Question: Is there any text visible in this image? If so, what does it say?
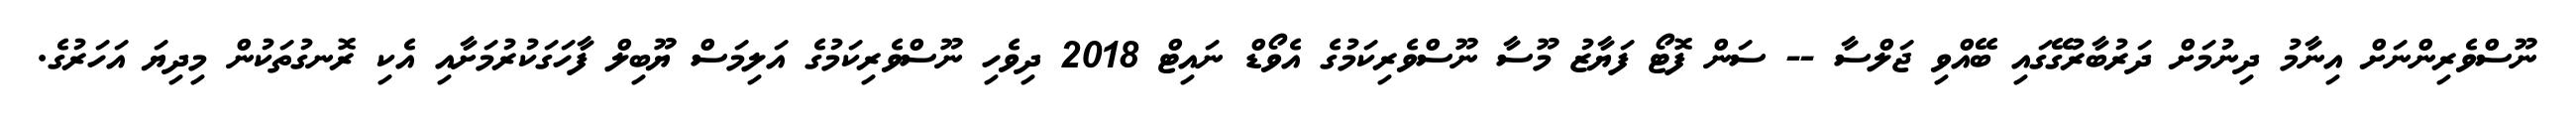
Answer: ނޫސްވެރިންނަށް އިނާމު ދިނުމަށް ދަރުބާރުގޭގައި ބޭއްވި ޖަލްސާ -- ސަން ފޮޓޯ ފަޔާޒު މޫސާ ނޫސްވެރިކަމުގެ އެވޯޑް ނައިޓް 2018 ދިވެހި ނޫސްވެރިކަމުގެ އަލިމަސް ޔޫބިލް ފާހަގަކުރުމަށާއި އެކި ރޮނގުތަކުން މިދިޔަ އަހަރުގެ.